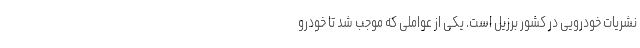
نشریات خودرویی در کشور برزیل است. یکی از عواملی که موجب شد تا خودرو